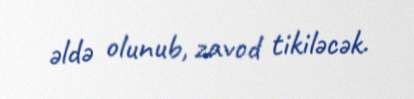
əldə olunub, zavod tikiləcək.